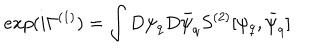
e x p ( i \Gamma ^ { ( 1 ) } ) = \int D \psi _ { q } D \bar { \psi } _ { q } S ^ { ( 2 ) } [ \psi _ { q } , \bar { \psi } _ { q } ]